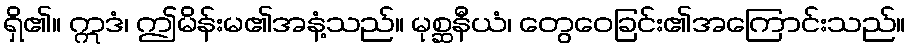
ရှိ၏။ ဣဒံ၊ ဤမိန်းမ၏အနံ့သည်။ မုစ္ဆနီယံ၊ တွေဝေခြင်း၏အကြောင်းသည်။